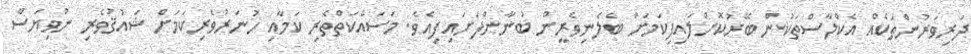
ދަރިވަރުންތަކެއް އެކްލާސްތަކުން ބޭރުކޮށްލައިފިކަމަށް ބެލެނިވެރީން ބުނާންފަށައިފިއެވެ. މަސައްކަތްތެރި ކަމާއި ހުނަރުވެރިކަމަށް ޝައުޤުވެރި ނުވިޔަސް